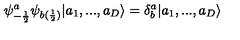
\psi _ { - \frac { 1 } { 2 } } ^ { a } \psi _ { b ( \frac { 1 } { 2 } ) } | a _ { 1 } , . . . , a _ { D } \rangle = \delta _ { b } ^ { a } | a _ { 1 } , . . . , a _ { D } \rangle